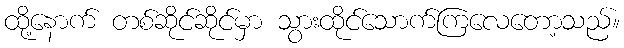
ထို့နောက် တစ်ဆိုင်ဆိုင်မှာ သွားထိုင်သောက်ကြလေတော့သည်။